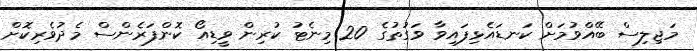
މަޖިލިސް ބޭއްވުމަށް ކަނޑައެޅިފައިވާ ވަގުތުގެ 20 މިނެޓު ކުރިން ވީޑިއޯ ކޮންފަރެންސް މެދުވެރިކޮށް